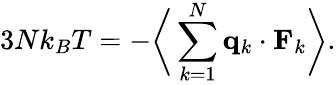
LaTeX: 3Nk_{B}T=-{\biggl\langle}\sum_{k=1}^{N}\mathbf{q}_{k}\cdot\mathbf{F}_{k}{\biggr\rangle}.